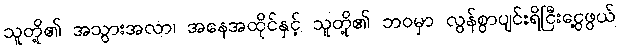
သူတို့၏ အသွားအလာ၊ အနေအထိုင်နှင့် သူတို့၏ ဘဝမှာ လွန်စွာပျင်းရိငြီးငွေ့ဖွယ်